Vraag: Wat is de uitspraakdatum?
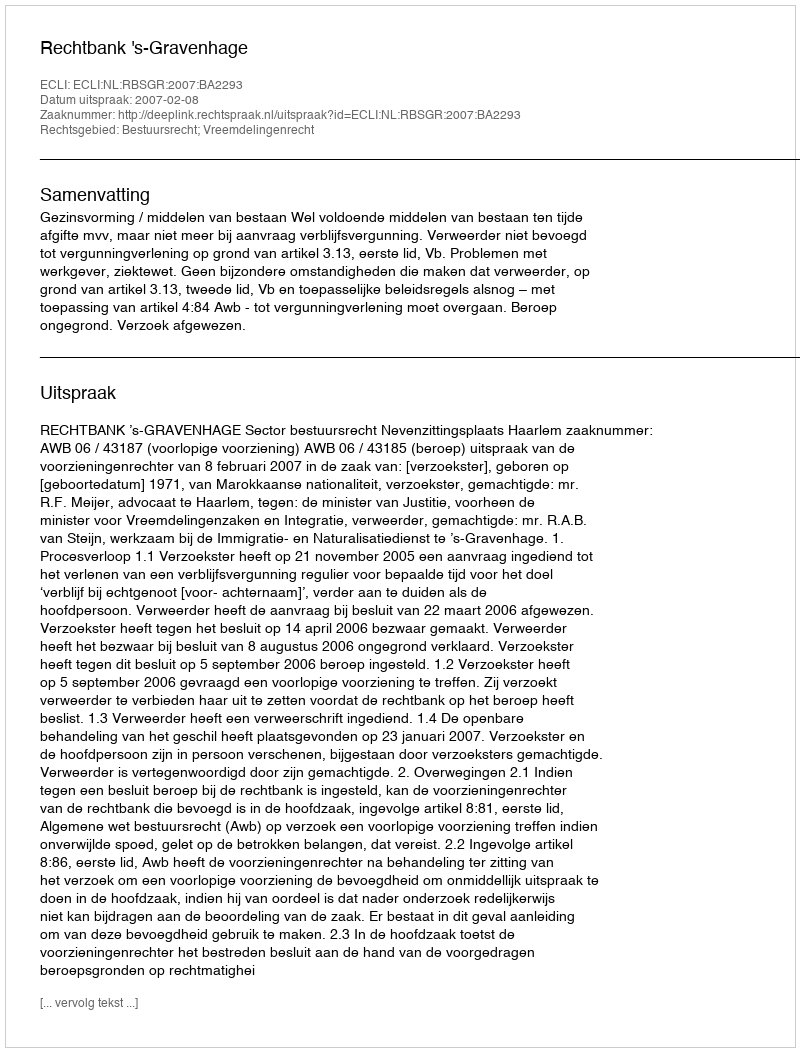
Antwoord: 2007-02-08